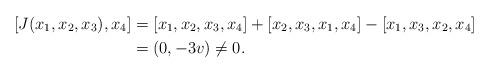
LaTeX: \begin{align*}[ J(x_1,x_2,x_3),x_4 ]&=[x_1,x_2,x_3,x_4]+[x_2,x_3,x_1,x_4]-[x_1,x_3,x_2,x_4]\\&=(0, -3v)\neq 0.\end{align*}